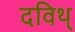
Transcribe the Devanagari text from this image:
दविथ्